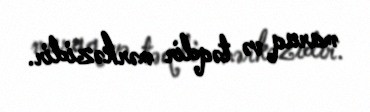
maraq və təqdir mərkəzidir.